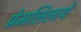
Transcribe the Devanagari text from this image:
प्रेमलिलायें